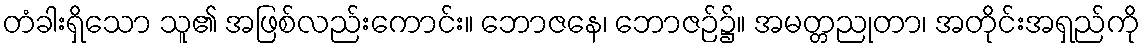
တံခါးရှိသော သူ၏ အဖြစ်လည်းကောင်း။ ဘောဇနေ၊ ဘောဇဉ်၌။ အမတ္တညုတာ၊ အတိုင်းအရှည်ကို